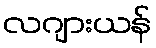
လဂျားယန်